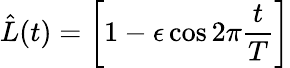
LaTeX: \hat{L}(t)=\left[1-\epsilon\cos 2\pi\frac{t}{T}\right]